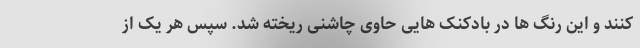
کنند و این رنگ ها در بادکنک هایی حاوی چاشنی ریخته شد. سپس هر یک از